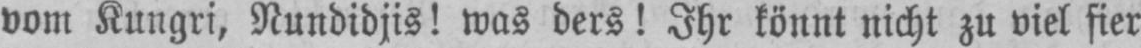
vom Kungri, Nundidjis! was ders! Ihr könnt nicht zu viel fier